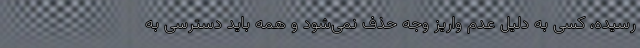
رسیده، کسی به دلیل عدم واریز وجه حذف نمی‌شود و همه باید دسترسی به